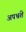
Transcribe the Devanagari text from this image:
अपभ्रंशे